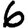
Digit: 6